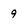
Character: 9